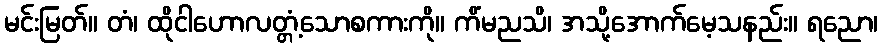
မင်းမြတ်။ တံ၊ ထိုငါဟောလတ္တံ့သောစကားကို။ ကိံမညသိ၊ အသို့အောက်မေ့သနည်း။ ရညော၊